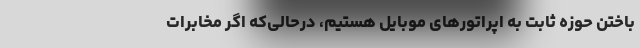
باختن حوزه ثابت به اپراتورهای موبایل هستیم، درحالی‌که اگر مخابرات